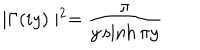
\mid \Gamma ( i y ) \mid ^ { 2 } = \frac \pi { y \sinh \pi y }